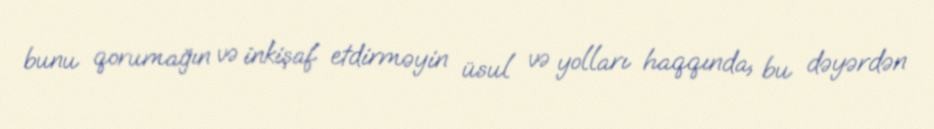
bunu qorumağın və inkişaf etdirməyin üsul və yolları haqqında, bu dəyərdən